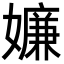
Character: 嬚